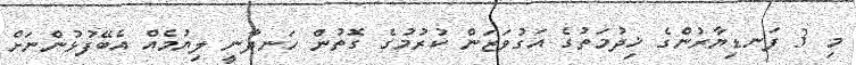
މި 3 ފަނޑިޔާރުންގެ ޚިދުމަތުގެ އަގުވަޒަން ކުރުމުގެ ގޮތުން ހަނދާނީ ލިޔުމެއް އެބޭފުޅުންނަށް